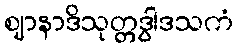
ဈာနာဒိသုတ္တဒွါဒသကံ